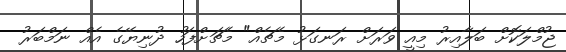
ޖުމްލަކޮށް ބަލާއިރު މިއީ ވަރަށް ރަނގަޅު މެޗެއް" މެޗަށްފަހު ދުނިޔޭގެ އެއް ނަމްބަރު